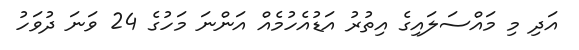
އަދި މި މައްސަލައިގެ އިތުރު އަޑުއެހުމެއް އަންނަ މަހުގެ 24 ވަނަ ދުވަހު